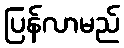
ပြန်လာမည်